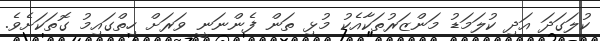
ކުލަގަދަ އަދި ކުލަމަޑު މަންޒަރުތަކާއެކު މުޅި ތަން ފެންނަނީ ވަރަށް ހިތްގައިމު ގޮތަކަށެވެ.